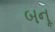
બનૂ